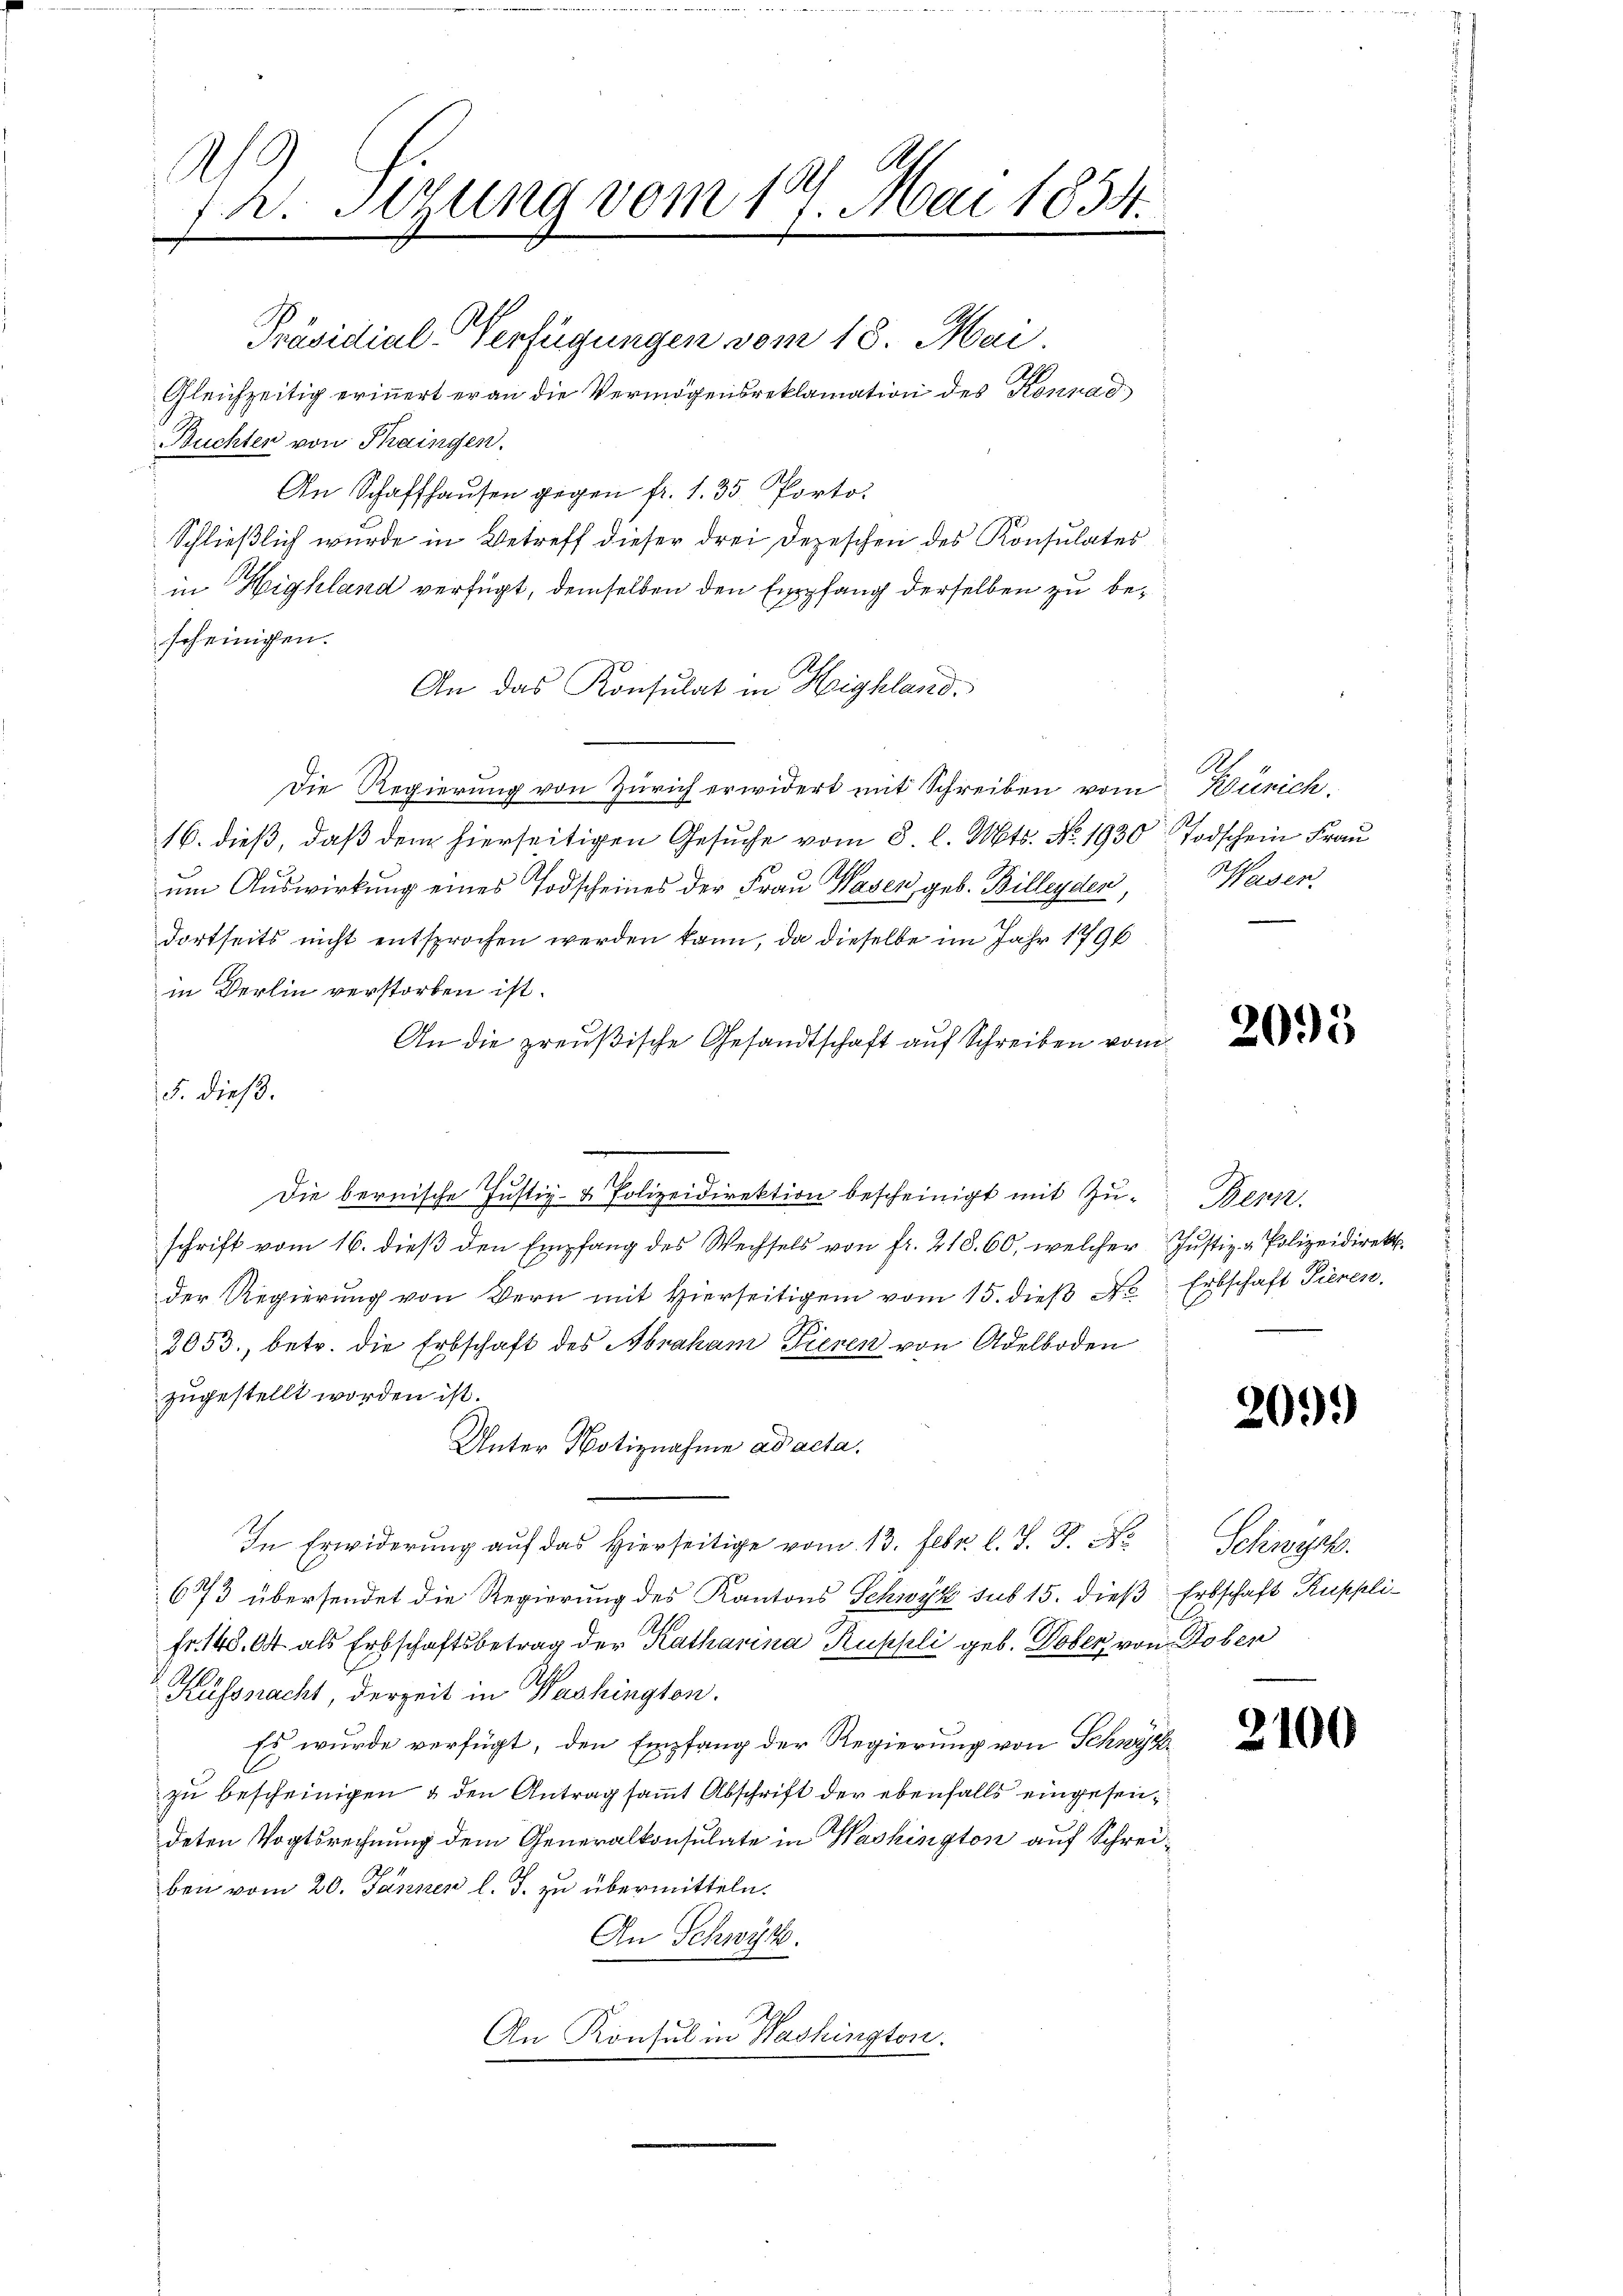
A
f. Stzung vom 17. Mai 1834.

Präsidial-Verfügungen vom 18. Mai.
Gleichzeitig erinnert er an die Vermögensreklamation des Konrad
Suchten von Thaingen.
An Schaffhausen gegen fr. 1. 35. Porto
Schließlich wurde in Betreff dieser drei Depeschen des Konsulates
in Highland verfügt, demselben den Empfang derselben zu bescheinigen.
An das Konsulat in Highland,
Die Regierung von Zürich erwidert mit Schreiben vom Künich
16. dieß, daß dem hierseitigen Gesuche vom 8. l. Mts. No. 1930 Todschein Frau
um Auswirkung eines Todscheines der Frau Wasen geb. Billenden,
dortseits nicht entsprochen werden kann, da dieselbe im Jahr 1796
in Berlin verstorben ist.
An die preußische Gesandtschaft auf Schreiben vom
5. dieß.
Die bernische Justiz- & Polizeidirektion bescheinigt mit Zŭ- Benn
schrift vom 16. dieβ den Empfang des Wechsels von fr. 218. 60, welcher Justiz - Polizeidirekt
der Regierung von Bern mit Hierseitigen vom 15. dieβ No Erbschaft Tieren.
2053., betr. die Erbschaft des Abraham Fieren von Adelboden
zugestellt worden ist.
Unter Notiznahme ad acta.
In Erwiderung auf das Hierseitige vom 13. Febr. l. J. P. N
673 übersendet die Regierung des Kantons Schwyz sub 15. dieß Erbschaft Rupplifr. 148. 64 als Erbschaftsbetrag der Katharina Ruppli geb. Dober von oben
Küssnacht, derzeit in Washington.
Es wurde verfügt, den Empfang der Regierung von Schwyz
zu bescheinigen & den Antrag samt Abschrift der ebenfalls eingesendeten Vogtsrechnung dem Generalkonsulate in Washington auf Schreiben vom 20. Jännen l. J. zu übermitteln.
An Schwyz.
An Konsul in Washington.

asen.

2095

209.

Schwyz.

2100